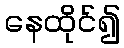
နေထိုင်၍